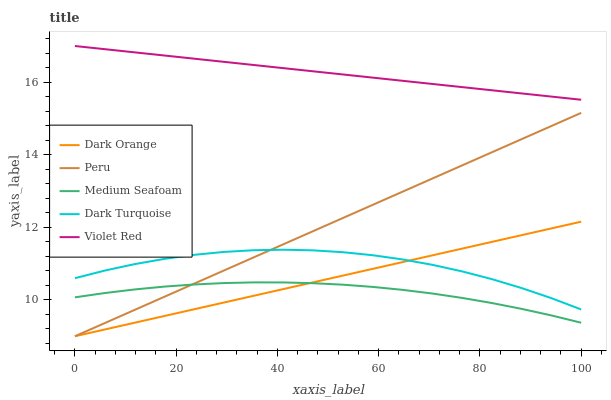
| xaxis_label | Dark Orange | Peru | Medium Seafoam | Dark Turquoise | Violet Red |
 | --- | --- | --- | --- | --- | --- |
 | 0 | 9 | 9 | 10.1 | 10.6 | 17 |
 | 5.88 | 9.19 | 9.36 | 10.2 | 10.8 | 16.9 |
 | 11.8 | 9.37 | 9.72 | 10.3 | 11 | 16.8 |
 | 17.6 | 9.56 | 10.1 | 10.4 | 11.1 | 16.7 |
 | 23.5 | 9.74 | 10.4 | 10.4 | 11.2 | 16.7 |
 | 29.4 | 9.93 | 10.8 | 10.5 | 11.3 | 16.6 |
 | 35.3 | 10.1 | 11.2 | 10.5 | 11.4 | 16.5 |
 | 41.2 | 10.3 | 11.5 | 10.5 | 11.4 | 16.4 |
 | 47.1 | 10.5 | 11.9 | 10.5 | 11.4 | 16.3 |
 | 52.9 | 10.7 | 12.3 | 10.4 | 11.3 | 16.2 |
 | 58.8 | 10.9 | 12.6 | 10.4 | 11.2 | 16.1 |
 | 64.7 | 11 | 13 | 10.3 | 11.1 | 16 |
 | 70.6 | 11.2 | 13.3 | 10.2 | 11 | 16 |
 | 76.5 | 11.4 | 13.7 | 10.1 | 10.8 | 15.9 |
 | 82.4 | 11.6 | 14.1 | 9.92 | 10.6 | 15.8 |
 | 88.2 | 11.8 | 14.4 | 9.75 | 10.3 | 15.7 |
 | 94.1 | 12 | 14.8 | 9.57 | 10 | 15.6 |
 | 100 | 12.2 | 15.2 | 9.37 | 9.74 | 15.5 |